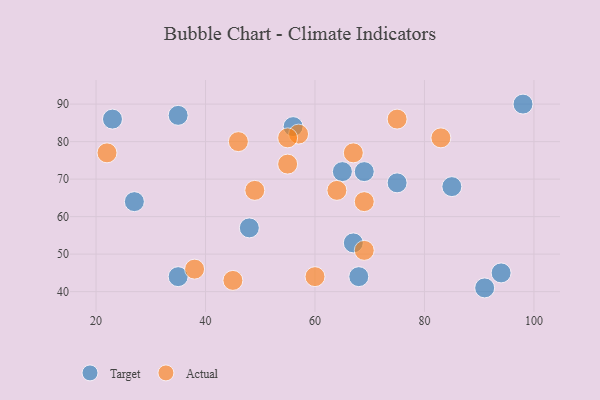
{"axis": {"x": "GDP", "y": "Life Expectancy"}, "legend": ["Actual", "Target"], "data": [{"x": "98", "y": 90, "type": "Target"}, {"x": "35", "y": 44, "type": "Target"}, {"x": "56", "y": 84, "type": "Target"}, {"x": "94", "y": 45, "type": "Target"}, {"x": "91", "y": 41, "type": "Target"}, {"x": "48", "y": 57, "type": "Target"}, {"x": "27", "y": 64, "type": "Target"}, {"x": "85", "y": 68, "type": "Target"}, {"x": "69", "y": 72, "type": "Target"}, {"x": "67", "y": 53, "type": "Target"}, {"x": "35", "y": 87, "type": "Target"}, {"x": "75", "y": 69, "type": "Target"}, {"x": "65", "y": 72, "type": "Target"}, {"x": "23", "y": 86, "type": "Target"}, {"x": "68", "y": 44, "type": "Target"}, {"x": "45", "y": 43, "type": "Actual"}, {"x": "69", "y": 51, "type": "Actual"}, {"x": "57", "y": 82, "type": "Actual"}, {"x": "55", "y": 74, "type": "Actual"}, {"x": "46", "y": 80, "type": "Actual"}, {"x": "22", "y": 77, "type": "Actual"}, {"x": "64", "y": 67, "type": "Actual"}, {"x": "75", "y": 86, "type": "Actual"}, {"x": "67", "y": 77, "type": "Actual"}, {"x": "83", "y": 81, "type": "Actual"}, {"x": "49", "y": 67, "type": "Actual"}, {"x": "69", "y": 64, "type": "Actual"}, {"x": "55", "y": 81, "type": "Actual"}, {"x": "60", "y": 44, "type": "Actual"}, {"x": "38", "y": 46, "type": "Actual"}]}